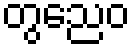
တွညေဝ